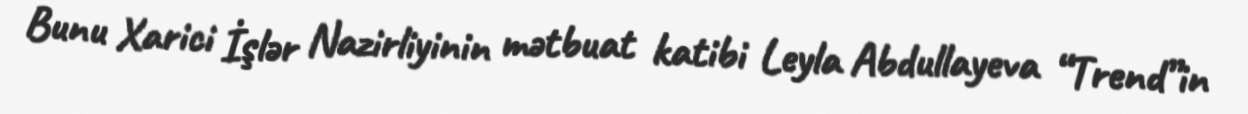
Bunu Xarici İşlər Nazirliyinin mətbuat katibi Leyla Abdullayeva “Trend”in